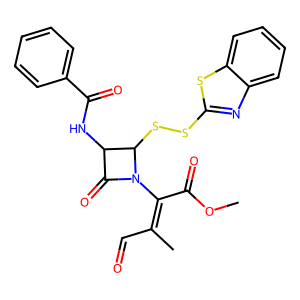
SMILES: COC(=O)C(=C(C)C=O)N1C(=O)C(NC(=O)c2ccccc2)C1SSc1nc2ccccc2s1
Inhibits HIV replication: No